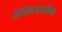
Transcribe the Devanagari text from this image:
प्रकाशरासायनिक